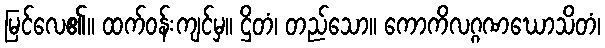
မြင်လေ၏။ ထက်ဝန်းကျင်မှ။ ဌိတံ၊ တည်သော။ ကောကိလဂ္ဂဏဃောသိတံ၊